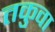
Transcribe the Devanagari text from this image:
तकुवा